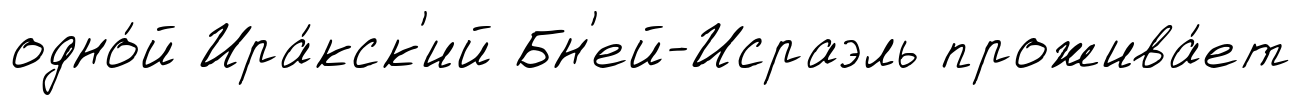
одно́й Ира́кск'ий Бн'ей-Исраэль прожива́ет